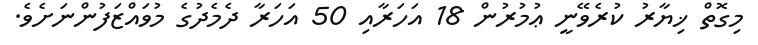
މިގޮތް ޚިޔާރު ކުރެވޭނީ ޢުމުރުން 18 އަހަރާއި 50 އަހަރާ ދެމެދުގެ މުވައްޒަފުންނަށެވެ.